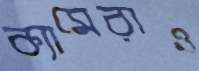
ক্যামেরাও